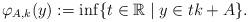
LaTeX: \begin{align*}\varphi_{A,k} (y):= \inf \{t\in{\mathbb{R}} \mid y\in tk + A\}. \end{align*}